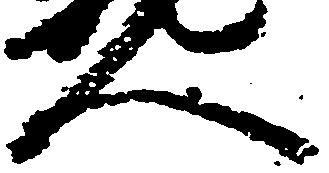
人